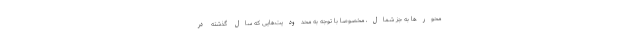
محورها به جز شمال، مخصوصاً با توجه به محدودیت‌هایی که سال گذشته در